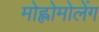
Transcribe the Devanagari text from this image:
मोह्लोमोलेंग